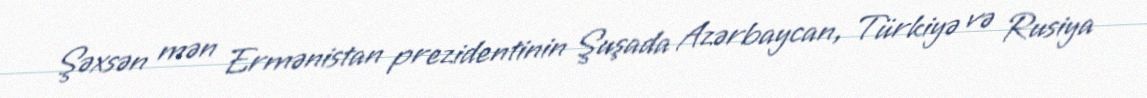
Şəxsən mən Ermənistan prezidentinin Şuşada Azərbaycan, Türkiyə və Rusiya